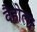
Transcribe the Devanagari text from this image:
वैहोला